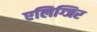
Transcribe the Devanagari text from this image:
एलिग्जिर